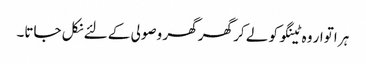
ہر اتوار وہ ٹینگو کو لے کر گھر گھر وصولی کے لئے نکل جاتا۔